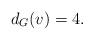
LaTeX: \begin{align*}d_{G}(v)=4.\end{align*}